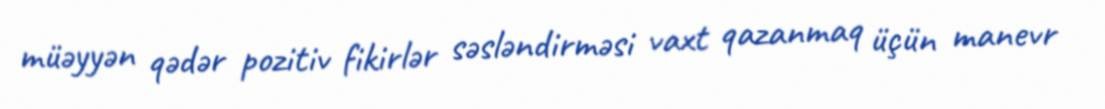
müəyyən qədər pozitiv fikirlər səsləndirməsi vaxt qazanmaq üçün manevr